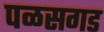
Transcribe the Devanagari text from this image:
पळसगड